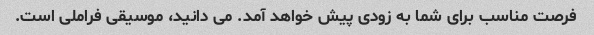
فرصت مناسب برای شما به زودی پیش خواهد آمد. می دانید، موسیقی فراملی است.